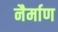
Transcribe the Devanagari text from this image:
नैर्माण